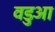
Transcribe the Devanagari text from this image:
वडुआ